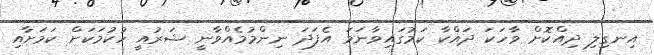
އިނގިލި ދިއްކޮށް ވާހަކަ ދައްކާ ކަމުގައިވާނަމަ އެފަދަ ނިންމުމެއްވާނީ ޝަރުއީ ހުކުމަކަށް ކަމަށާއި